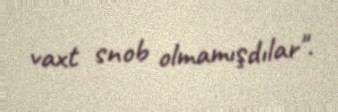
vaxt snob olmamışdılar".